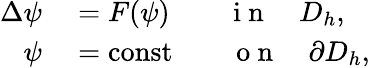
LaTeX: \begin{array}{rl}{\Delta\psi}&{{}=F(\psi)\qquad\mathrm{~i~n~}\quad D_{h},}\\ {\psi}&{{}=\mathrm{const}\qquad\mathrm{~o~n~}\quad\partial D_{h},}\end{array}